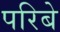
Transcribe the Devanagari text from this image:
परिबे